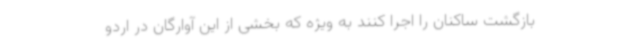
بازگشت ساکنان را اجرا کنند به ویژه که بخشی از این آوارگان در اردو